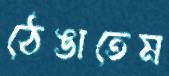
ঠেঙাতেম